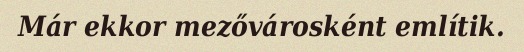
Már ekkor mezővárosként említik.